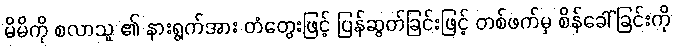
မိမိကို စလာသူ ၏ နားရွက်အား တံတွေးဖြင့် ပြန်ဆွတ်ခြင်းဖြင့် တစ်ဖက်မှ စိန်ခေါ်ခြင်းကို